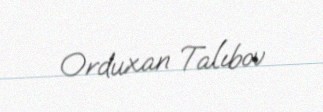
Orduxan Talıbov